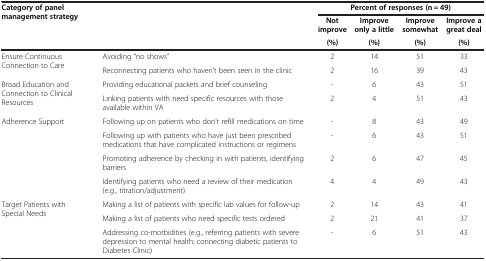
| <ROWSPAN=3> Category of panel management strategy | <ROWSPAN=3>  | <COLSPAN=4> Percent of responses (n = 49) |
 | Not improve | Improve only a little | Improve somewhat | Improve a great deal |
 | (%) | (%) | (%) | (%) |
 | --- | --- | --- | --- | --- | --- |
 | <ROWSPAN=2> Ensure Continuous Connection to Care | Avoiding “no shows” | 2 | 14 | 51 | 33 |
 | Reconnecting patients who haven’t been seen in the clinic | 2 | 16 | 39 | 43 |
 | <ROWSPAN=2> Broad Education and Connection to Clinical Resources | Providing educational packets and brief counseling | - | 6 | 43 | 51 |
 | Linking patients with need specific resources with those available within VA | 2 | 4 | 51 | 43 |
 | <ROWSPAN=4> Adherence Support | Following up on patients who don’t refill medications on time | - | 8 | 43 | 49 |
 | Following up with patients who have just been prescribed medications that have complicated instructions or regimens | - | 6 | 43 | 51 |
 | Promoting adherence by checking in with patients, identifying barriers | 2 | 6 | 47 | 45 |
 | Identifying patients who need a review of their medication (e.g., titration/adjustment) | 4 | 4 | 49 | 43 |
 | <ROWSPAN=3> Target Patients with Special Needs | Making a list of patients with specific lab values for follow-up | 2 | 14 | 43 | 41 |
 | Making a list of patients who need specific tests ordered | 2 | 21 | 41 | 37 |
 | Addressing co-morbidities (e.g., referring patients with severe depression to mental health; connecting diabetic patients to Diabetes Clinic) | - | 6 | 51 | 43 |